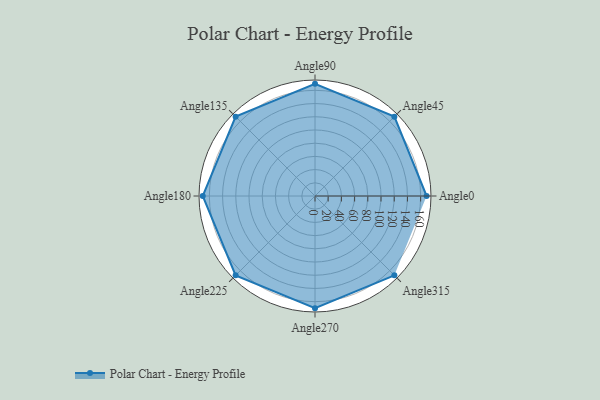
{"axis": {"x": "Angle", "y": "Radius"}, "legend": [""], "data": [{"x": "Angle0", "y": 169.0, "type": ""}, {"x": "Angle45", "y": 170, "type": ""}, {"x": "Angle90", "y": 170, "type": ""}, {"x": "Angle135", "y": 170, "type": ""}, {"x": "Angle180", "y": 170, "type": ""}, {"x": "Angle225", "y": 170, "type": ""}, {"x": "Angle270", "y": 170, "type": ""}, {"x": "Angle315", "y": 170, "type": ""}]}